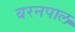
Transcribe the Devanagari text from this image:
बरनपाल